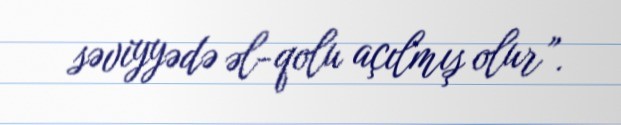
səviyyədə əl-qolu açılmış olur”.